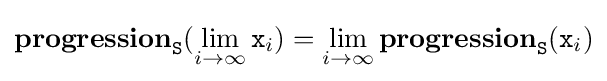
\mathbf {progression} _{\mathtt {S}}(\lim _{i\to \infty }{\mathtt {x}}_{i})=\lim _{i\to \infty }\mathbf {progression} _{\mathtt {S}}({\mathtt {x}}_{i})